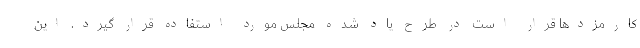
کارمزدها قرار است در طرح یاد شده مجلس مورد استفاده قرار گیرد. این